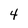
Character: 4